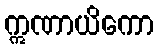
ဣဏာယိကော